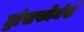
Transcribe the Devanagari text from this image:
ट्रांसफोर्मर्स